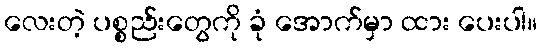
လေးတဲ့ ပစ္စည်းတွေကို ခုံ အောက်မှာ ထား ပေးပါ။